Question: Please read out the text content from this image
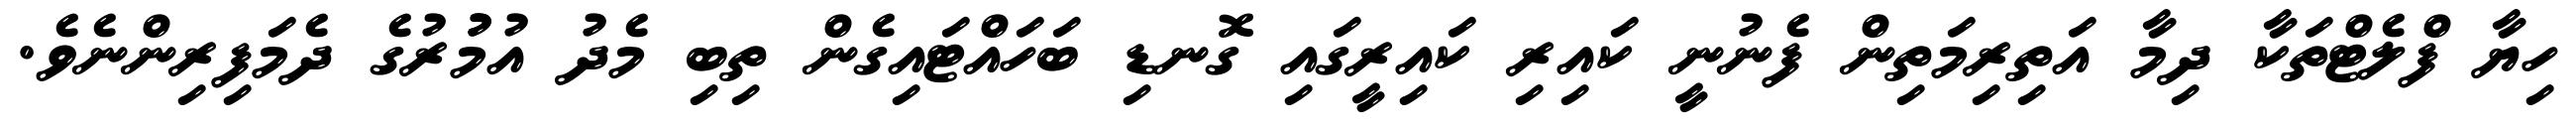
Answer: ހިޔާ ފްލެޓްތަކާ ދިމާ އަތިރިމަތިން ފެނުނީ ކައިރި ކައިރީގައި ގޮނޑި ބަހައްޓައިގެން ތިބި މެދު އުމުުރުގެ ދެމަފިރިންނެވެ.